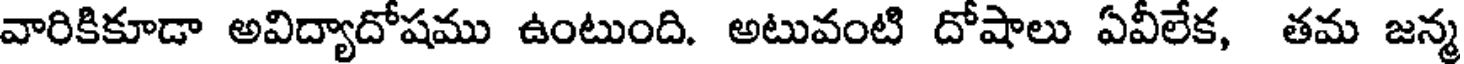
వారికికూడా అవిద్యాదోషము ఉంటుంది. అటువంటి దోషాలు ఏవీలేక, తమ జన్మ